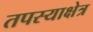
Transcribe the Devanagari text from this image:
तपस्याक्षेत्र